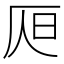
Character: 𣅦